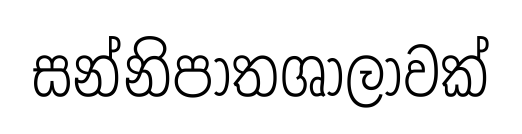
සන්නිපාතශාලාවක්